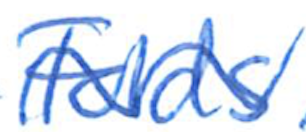
Text: Folds
Cross-out: wave
Writing tool: ballpoint